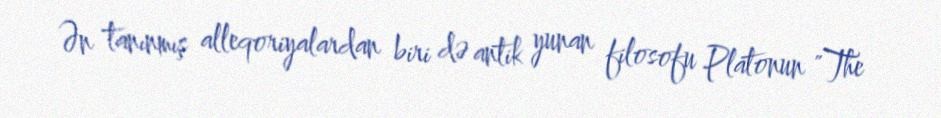
Ən tanınmış alleqoriyalardan biri də antik yunan filosofu Platonun "The